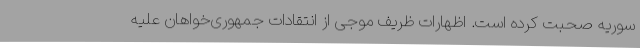
سوریه صحبت کرده است. اظهارات ظریف موجی از انتقادات جمهوری‌خواهان علیه